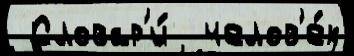
 Словар'и́  челов'е́к